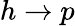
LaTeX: h\rightarrow p